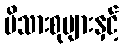
မိသားစုများနှင့်